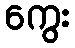
ကွေး